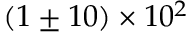
( 1 \pm 1 0 ) \times 1 0 ^ { 2 }